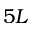
5 L